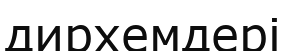
дирхемдері